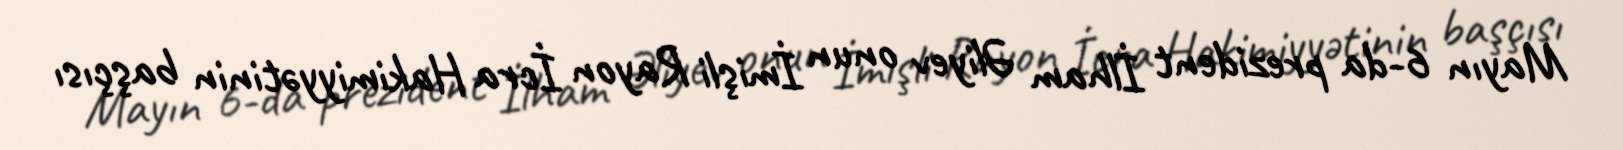
Mayın 6-da prezident İlham Əliyev onun İmişli Rayon İcra Hakimiyyətinin başçısı